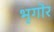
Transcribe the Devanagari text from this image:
भृगोर